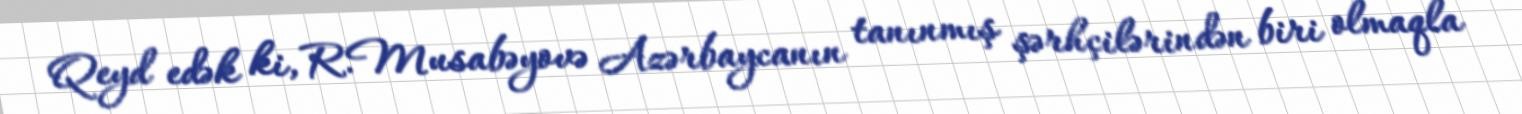
Qeyd edək ki, R.Musabəyovə Azərbaycanın tanınmış şərhçilərindən biri olmaqla